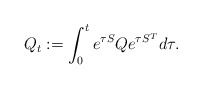
\begin{align*} Q_t:=\int_{0}^{t}e^{\tau S}Qe^{\tau S^T}d\tau.\end{align*}